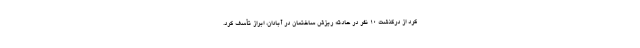
کرد از درگذشت ۱۰ نفر در حادثه ریزش ساختمان در آبادان، ابراز تأسف کرد.